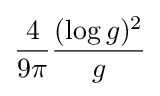
{\frac {4}{9\pi }}{\frac {(\log g)^{2}}{g}}